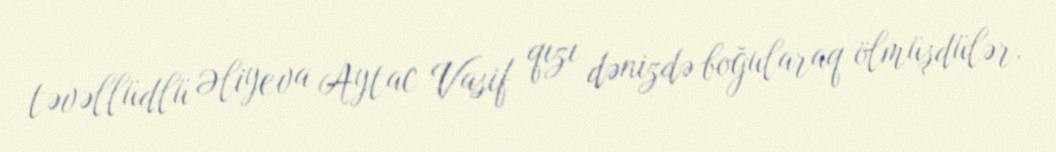
təvəllüdlü Əliyeva Aytac Vasif qızı dənizdə boğularaq ölmüşdülər.